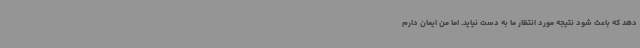
دهد که باعث شود نتیجه مورد انتظار ما به دست نیاید. اما من ایمان دارم